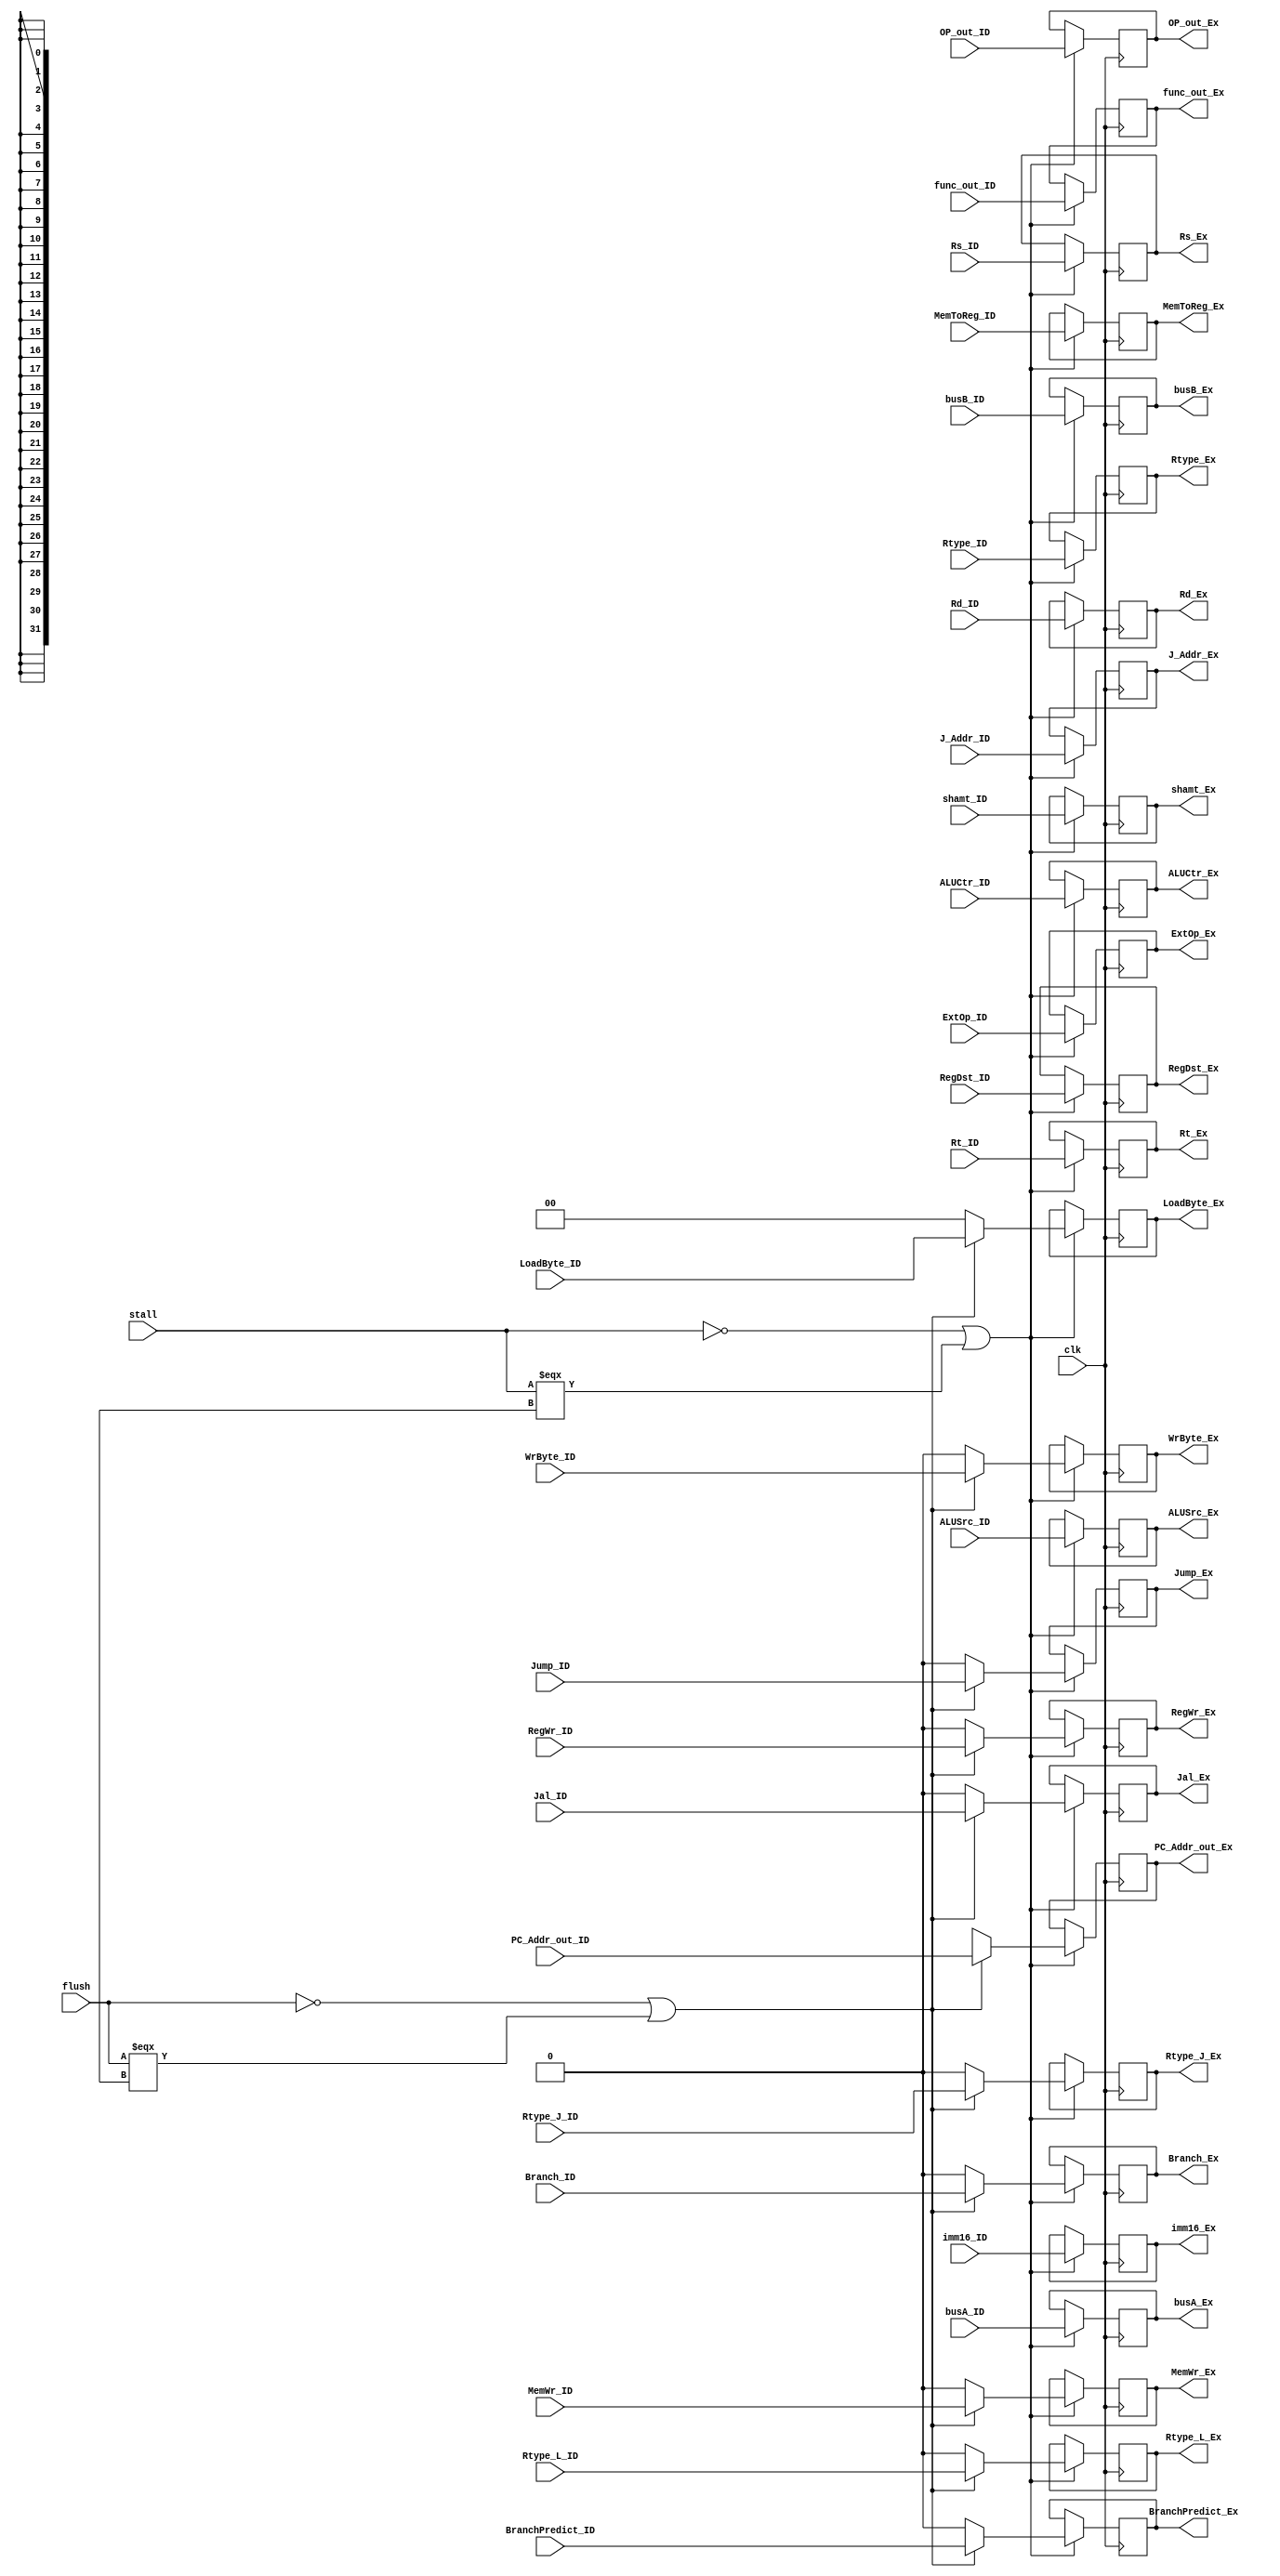
module ID_EX_206(
    input           clk,                //
    input           stall,              //
    input           flush,              //

    //
    input           Branch_ID,
    input           BranchPredict_ID,        
    input           Jump_ID,             
    input           RegDst_ID,           
    input           ALUSrc_ID,           
    input[5-1:0]    ALUCtr_ID,           
    input           MemToReg_ID,             
    input           RegWr_ID,            
    input           MemWr_ID,            
    input[2-1:0]    ExtOp_ID,            
    input           Rtype_ID,            
    input           Jal_ID,          
    input           Rtype_J_ID,          
    input           Rtype_L_ID,          
    input           WrByte_ID,           
    input[2-1:0]    LoadByte_ID,     
    
    //     
    input[32-1:0]   busA_ID,            //Reg[Rs]      
    input[32-1:0]   busB_ID,            //Reg[Rt]   
    input[32-1:0]   PC_Addr_out_ID,     //PC
    input[32-1:0]   J_Addr_ID,          //
    input[6-1:0]    func_out_ID,        //func
    input[6-1:0]    OP_out_ID,          //OP
    input[16-1:0]   imm16_ID,           //imm16
    input[5-1:0]    shamt_ID,           //shamt
    input[5-1:0]    Rt_ID,              //Rt
    input[5-1:0]    Rd_ID,              //Rd
    input[5-1:0]    Rs_ID,              //Rs

    //
    output reg          Branch_Ex,   
    output reg          BranchPredict_Ex,       
    output reg          Jump_Ex,            
    output reg          RegDst_Ex,          
    output reg          ALUSrc_Ex,          
    output reg[5-1:0]   ALUCtr_Ex,          
    output reg          MemToReg_Ex,        
    output reg          RegWr_Ex,           
    output reg          MemWr_Ex,           
    output reg[2-1:0]   ExtOp_Ex,           
    output reg          Rtype_Ex,           
    output reg          Jal_Ex,             
    output reg          Rtype_J_Ex,         
    output reg          Rtype_L_Ex,         
    output reg          WrByte_Ex,          
    output reg[2-1:0]   LoadByte_Ex,        

    //
    output reg[32-1:0]  busA_Ex,            
    output reg[32-1:0]  busB_Ex,            
    output reg[32-1:0]  PC_Addr_out_Ex,         
    output reg[32-1:0]  J_Addr_Ex,          
    output reg[6-1:0]   func_out_Ex,            
    output reg[6-1:0]   OP_out_Ex,          
    output reg[16-1:0]  imm16_Ex,   
    output reg[5-1:0]   shamt_Ex,
    output reg[5-1:0]   Rd_Ex,
    output reg[5-1:0]   Rt_Ex,
    output reg[5-1:0]   Rs_Ex       
);


    always @(posedge clk) begin
        if(!stall || stall === 1'bX)begin
            if(!flush || flush === 1'bX) begin
                // 
                Branch_Ex <= Branch_ID;
                BranchPredict_Ex <= BranchPredict_ID;
                Jump_Ex <= Jump_ID;
                RegDst_Ex <= RegDst_ID;
                ALUSrc_Ex <= ALUSrc_ID;
                ALUCtr_Ex <= ALUCtr_ID;
                MemToReg_Ex <= MemToReg_ID;
                RegWr_Ex <= RegWr_ID;
                MemWr_Ex <= MemWr_ID;
                ExtOp_Ex <= ExtOp_ID;
                Rtype_Ex <= Rtype_ID;
                Jal_Ex <= Jal_ID;
                Rtype_J_Ex <= Rtype_J_ID;
                Rtype_L_Ex <= Rtype_L_ID;
                WrByte_Ex <= WrByte_ID;
                LoadByte_Ex <= LoadByte_ID;
                shamt_Ex <= shamt_ID;

                // 
                busA_Ex <= busA_ID;
                busB_Ex <= busB_ID;
                PC_Addr_out_Ex <= PC_Addr_out_ID;
                J_Addr_Ex <= J_Addr_ID;
                func_out_Ex <= func_out_ID;
                OP_out_Ex <= OP_out_ID;
                imm16_Ex <= imm16_ID;
                Rd_Ex <= Rd_ID;
                Rt_Ex <= Rt_ID;
                Rs_Ex <= Rs_ID;

            end
            else begin
                Branch_Ex <= 1'b0;
                BranchPredict_Ex <= 1'b0;
                Jump_Ex <= 1'b0;
                RegDst_Ex <= RegDst_ID;
                ALUSrc_Ex <= ALUSrc_ID;
                ALUCtr_Ex <= ALUCtr_ID;
                MemToReg_Ex <= MemToReg_ID;
                RegWr_Ex <= 1'b0;
                MemWr_Ex <= 1'b0;
                ExtOp_Ex <= ExtOp_ID;
                Rtype_Ex <= Rtype_ID;
                Jal_Ex <= 1'b0;
                Rtype_J_Ex <= 1'b0;
                Rtype_L_Ex <= 1'b0;
                WrByte_Ex <= 1'b0;
                LoadByte_Ex <= 1'b0;


                // 
                busA_Ex <= busA_ID;
                busB_Ex <= busB_ID;
                PC_Addr_out_Ex <= 32'bXXXX_XXXX;
                J_Addr_Ex <= J_Addr_ID;
                func_out_Ex <= func_out_ID;
                OP_out_Ex <= OP_out_ID;
                imm16_Ex <= imm16_ID;
                shamt_Ex <= shamt_ID;
                Rd_Ex <= Rd_ID;
                Rt_Ex <= Rt_ID;
                Rs_Ex <= Rs_ID;            
            end
        end

    end 


endmodule